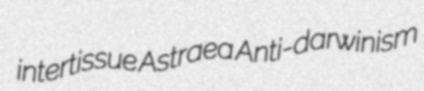
intertissue Astraea Anti-darwinism